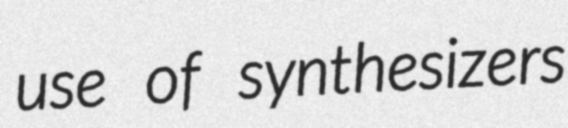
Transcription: use of synthesizers